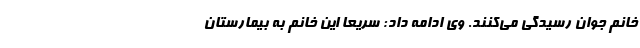
خانم جوان رسیدگی می‌کنند. وی ادامه داد: سریعا این خانم به بیمارستان